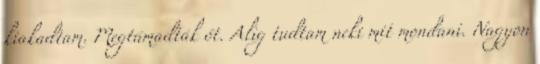
kiakadtam. Megtámadták őt. Alig tudtam neki mit mondani. Nagyon